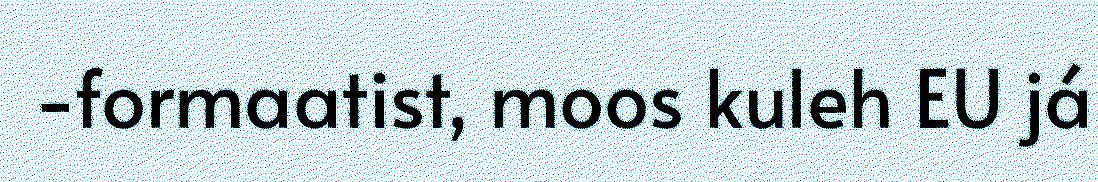
-formaatist, moos kuleh EU já